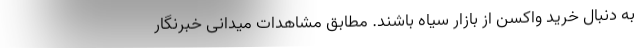
به دنبال خرید واکسن از بازار سیاه باشند. مطابق مشاهدات میدانی خبرنگار